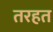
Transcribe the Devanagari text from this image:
तरहत